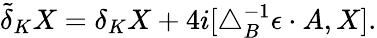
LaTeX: \tilde{\delta}_{K}X=\delta_{K}X+4i[\triangle_{B}^{-1}\epsilon\cdot A,X].